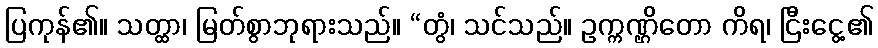
ပြကုန်၏။ သတ္ထာ၊ မြတ်စွာဘုရားသည်။ “တွံ၊ သင်သည်။ ဥက္ကဏ္ဌိတော ကိရ၊ ငြီးငွေ့၏